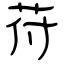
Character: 苻